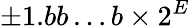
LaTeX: \pm 1.bb\ldots b\times 2^{E}